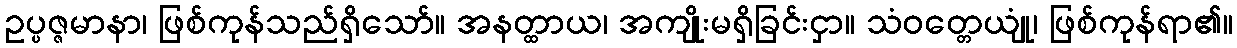
ဥပ္ပဇ္ဇမာနာ၊ ဖြစ်ကုန်သည်ရှိသော်။ အနတ္ထာယ၊ အကျိုးမရှိခြင်းငှာ။ သံဝတ္တေယျုံ၊ ဖြစ်ကုန်ရာ၏။